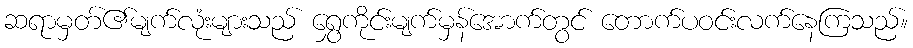
ဆရာမှတ်၏မျက်လုံးများသည် ရွှေကိုင်းမျက်မှန်အောက်တွင် တောက်ပဝင်းလက်နေကြသည်။